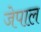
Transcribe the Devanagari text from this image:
जेपाल